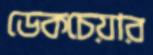
ডেকচেয়ার